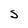
Character: S